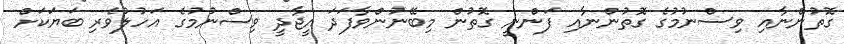
ގޮތުންނާއި ވިސްނުމުގެ ގޮތުންނާއި ފަންނީ ގޮތުން މިބޭނުންވާފަދަ އީޖާދީ ވިސްނުމުގެ އަހުލުވެރި ބަޔަކަށް